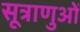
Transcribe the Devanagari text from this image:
सूत्राणुओं